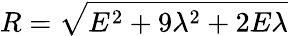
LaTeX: R={\sqrt{E^{2}+9\lambda^{2}+2E\lambda}}